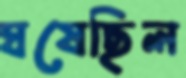
ঘষেছিল